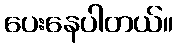
ပေးနေပါတယ်။